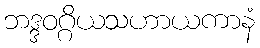
ဘဒ္ဒဝဂ္ဂိယသဟာယကာနံ